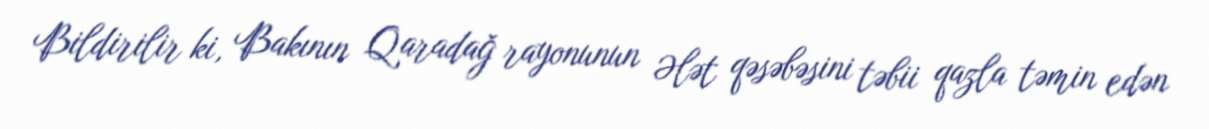
Bildirilir ki, Bakının Qaradağ rayonunun Ələt qəsəbəsini təbii qazla təmin edən